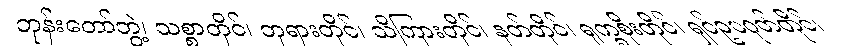
ဘုန်းတော်ဘွဲ့၊ သစ္စာတိုင်၊ ဘုရားတိုင်၊ သိကြားတိုင်၊ နတ်တိုင်၊ ရုက္ခစိုးတိုင်၊ ရှင်ဥပဂုတ်တိုင်၊